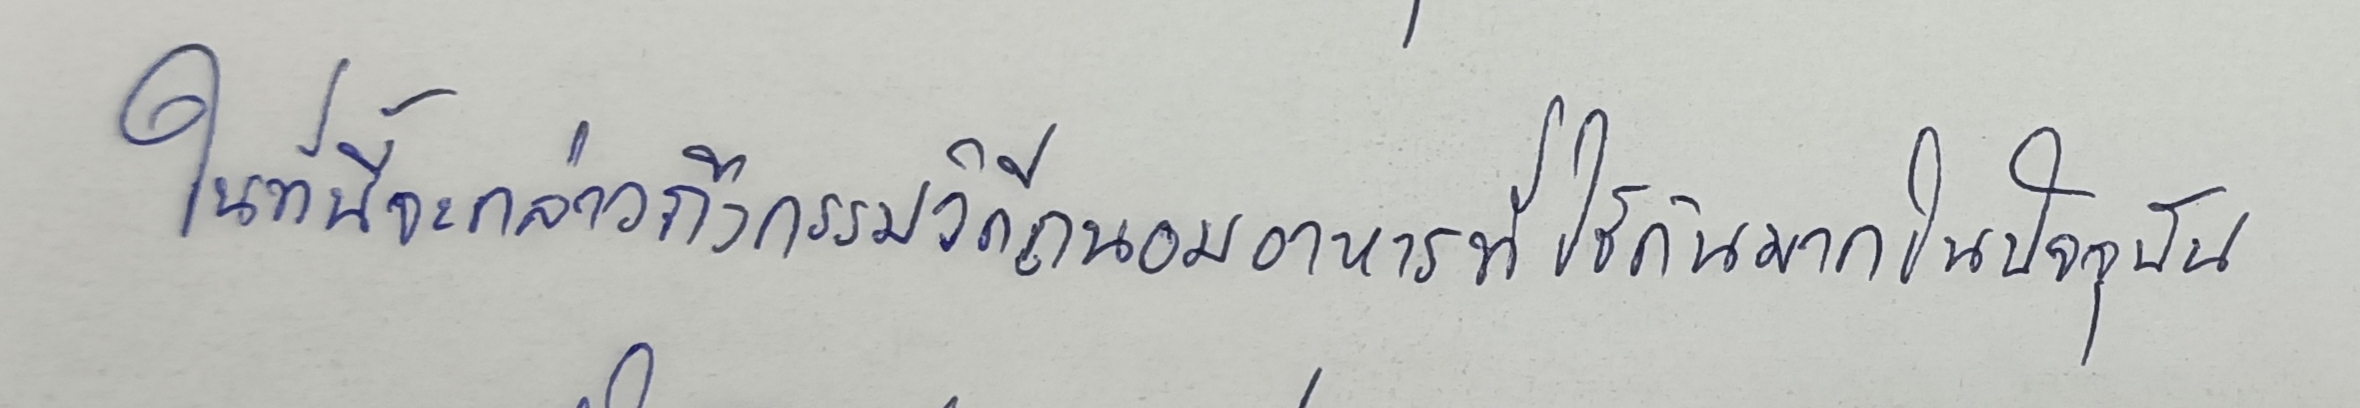
ในที่นี้จะกล่าวถึงกรรมวิธีถนอมอาหารที่ใช้กันมากในปัจจุบัน